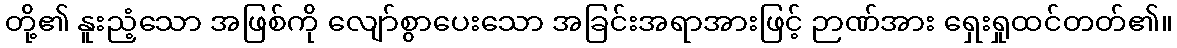
တို့၏ နူးညံ့သော အဖြစ်ကို လျော်စွာပေးသော အခြင်းအရာအားဖြင့် ဉာဏ်အား ရှေးရှုထင်တတ်၏။